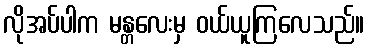
လိုအပ်ပါက မန္တလေးမှ ဝယ်ယူကြလေသည်။